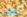
شاربي